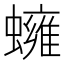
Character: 𧒱